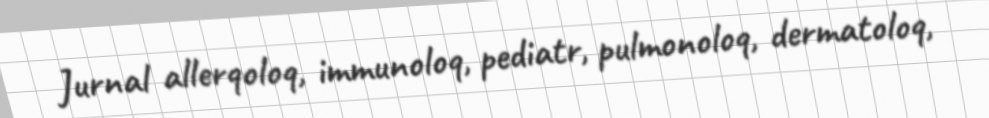
Jurnal allerqoloq, immunoloq, pediatr, pulmonoloq, dermatoloq,